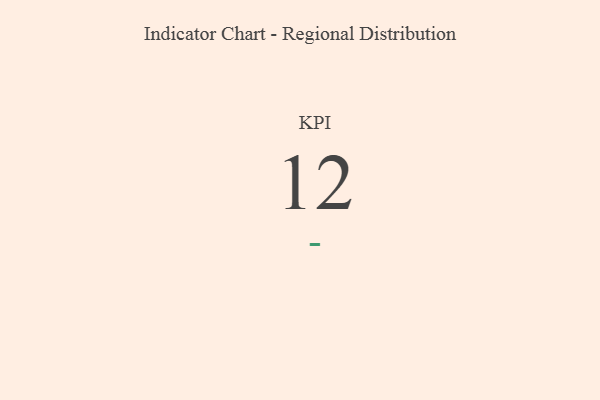
{"axis": {"x": "KPI", "y": "Value"}, "legend": [""], "data": [{"x": "KPI", "y": 12, "type": ""}]}